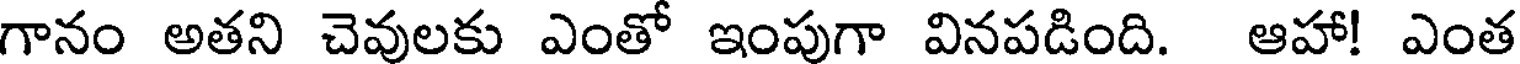
గానం అతని చెవులకు ఎంతో ఇంపుగా వినపడింది. ఆహా! ఎంత